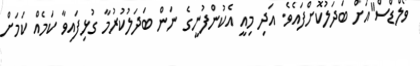
ވޯލްޑްސް"އަށް ބަދަލުކޮށްފައެވެ. އަދި މިއީ އެކުންފުނީގެ ނަން ބަދަލުކުރުމާ ގުޅިފައިވާ ކަމެއް ކަމަށް